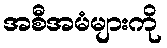
အစီအမံများကို